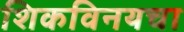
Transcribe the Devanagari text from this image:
शिकविनयचा